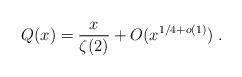
LaTeX: \begin{align*} Q(x) = \frac{x}{\zeta(2)} + O(x^{1/4+o(1)}) \;. \end{align*}